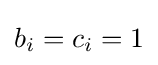
b_{i}=c_{i}=1